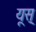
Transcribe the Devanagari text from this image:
यूस्